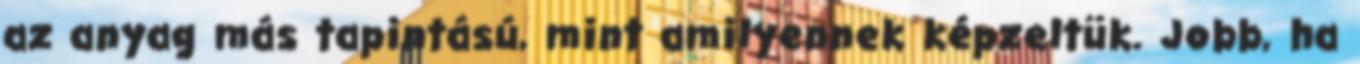
az anyag más tapintású, mint amilyennek képzeltük. Jobb, ha